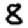
Digit: 8